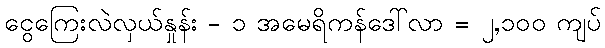
ငွေကြေးလဲလှယ်နှုန်း - ၁ အမေရိကန်ဒေါ်လာ = ၂,၁၀၀ ကျပ်